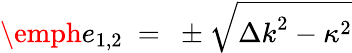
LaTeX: \emph{e}_{1,2}~=~\pm\sqrt{{\Delta k}^{2}-{\kappa}^{2}}